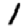
Digit: 1